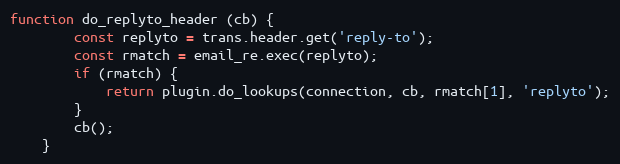
Language: JavaScript
function do_replyto_header (cb) {
        const replyto = trans.header.get('reply-to');
        const rmatch = email_re.exec(replyto);
        if (rmatch) {
            return plugin.do_lookups(connection, cb, rmatch[1], 'replyto');
        }
        cb();
    }